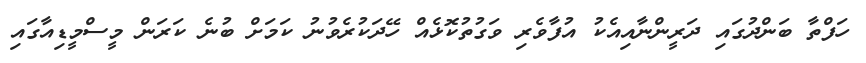
ހަފްތާ ބަންދުގައި ދަރީންނާއިއެކު އުފާވެރި ވަގުތުކޮޅެއް ހޭދަކުރެވުނު ކަމަށް ބުނެ ކަރަން މީސްމީޑިއާގައި